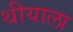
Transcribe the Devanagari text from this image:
थीयाला